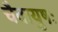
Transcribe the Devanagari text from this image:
चैवायुषः